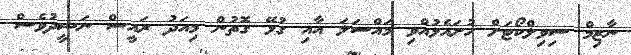
ނާޒިމް ސިވިލްކޯޓަށް ހުށައެޅުއްވި މައްސަލަ އާއި ގުޅޭ ގޮތުން މިއަދު ރައީސް ނަޝީދުވެސް